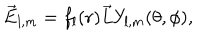
\overrightarrow { E } _ { l , m } = f _ { l } ( r ) \overrightarrow { L } Y _ { l , m } ( \theta , \phi ) ,